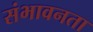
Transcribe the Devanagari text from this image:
संभावनता